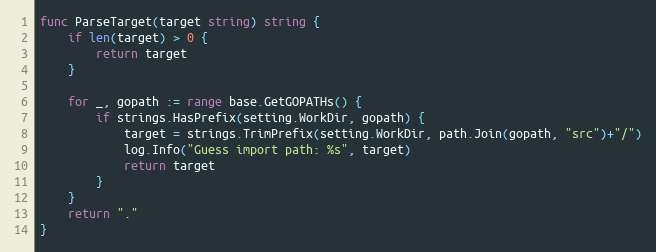
Language: Go
func ParseTarget(target string) string {
	if len(target) > 0 {
		return target
	}

	for _, gopath := range base.GetGOPATHs() {
		if strings.HasPrefix(setting.WorkDir, gopath) {
			target = strings.TrimPrefix(setting.WorkDir, path.Join(gopath, "src")+"/")
			log.Info("Guess import path: %s", target)
			return target
		}
	}
	return "."
}